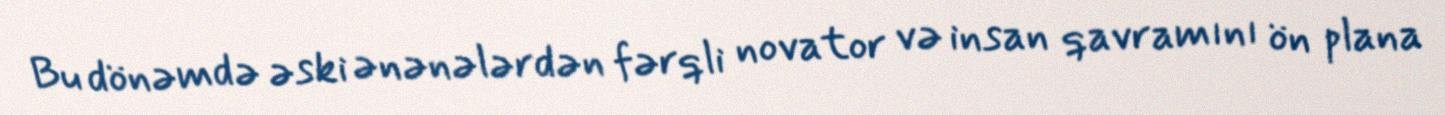
Bu dönəmdə əski ənənələrdən fərqli novator və insan qavramını ön plana